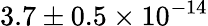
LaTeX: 3.7\pm{0.5}\times 10^{-14}